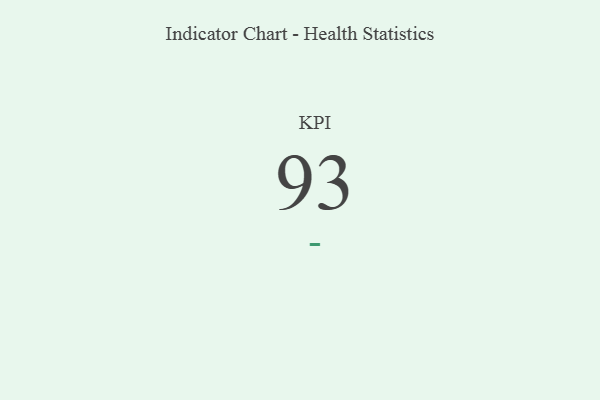
{"axis": {"x": "KPI", "y": "Value"}, "legend": [""], "data": [{"x": "KPI", "y": 93, "type": ""}]}